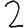
Digit: 2